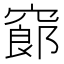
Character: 𥧫